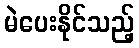
မဲပေးနိုင်သည့်